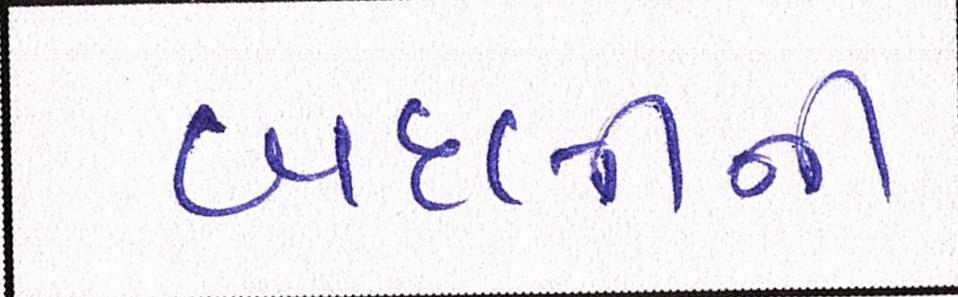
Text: બદલીની